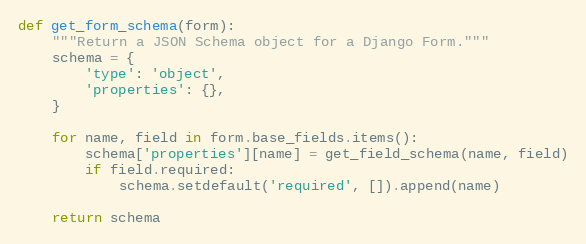
Language: Python
def get_form_schema(form):
    """Return a JSON Schema object for a Django Form."""
    schema = {
        'type': 'object',
        'properties': {},
    }

    for name, field in form.base_fields.items():
        schema['properties'][name] = get_field_schema(name, field)
        if field.required:
            schema.setdefault('required', []).append(name)

    return schema